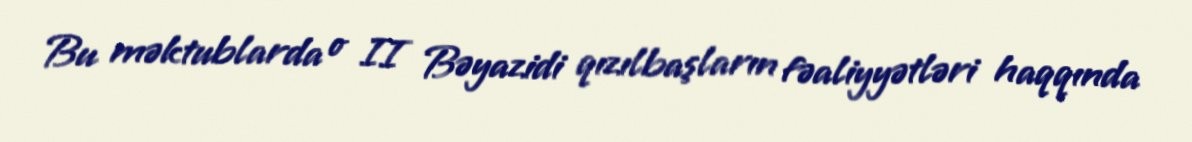
Bu məktublarda o II Bəyazidi qızılbaşların fəaliyyətləri haqqında